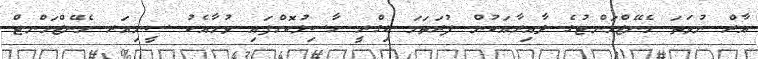
އާރް ނުވަތަ މެނޭޖްމަންޓުގެ ދާއިރާއަކުން ފުރަތަމަ ޑިގްރީ ހާސިލުކޮށްފައި ވުމާއެކު ސީނިއަރ މެނޭޖްމަންޓް